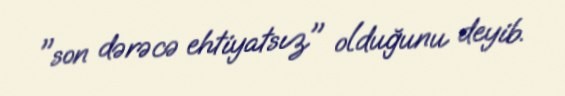
"son dərəcə ehtiyatsız" olduğunu deyib.